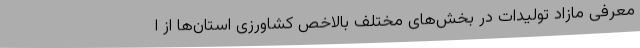
معرفی مازاد تولیدات در بخش‌های مختلف بالاخص کشاورزی استان‌ها از ا